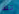
تلك